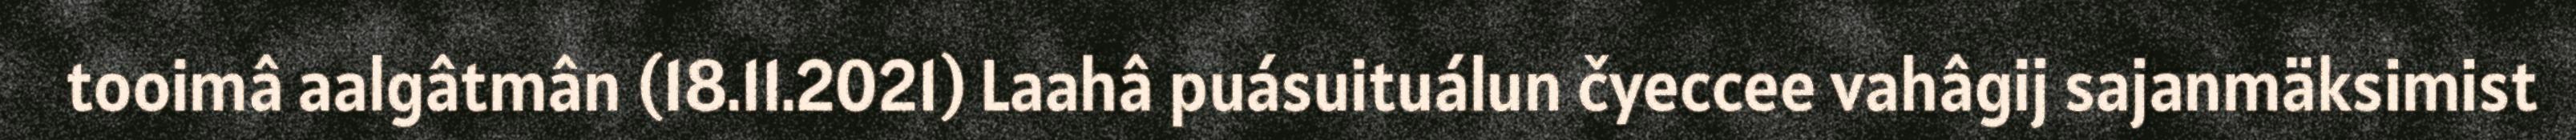
tooimâ aalgâtmân (18.11.2021) Laahâ puásuituálun čyeccee vahâgij sajanmäksimist